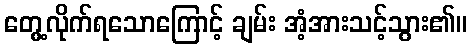
တွေ့လိုက်ရသောကြောင့် ချမ်း အံ့အားသင့်သွား၏။